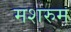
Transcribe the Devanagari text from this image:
मशरुम